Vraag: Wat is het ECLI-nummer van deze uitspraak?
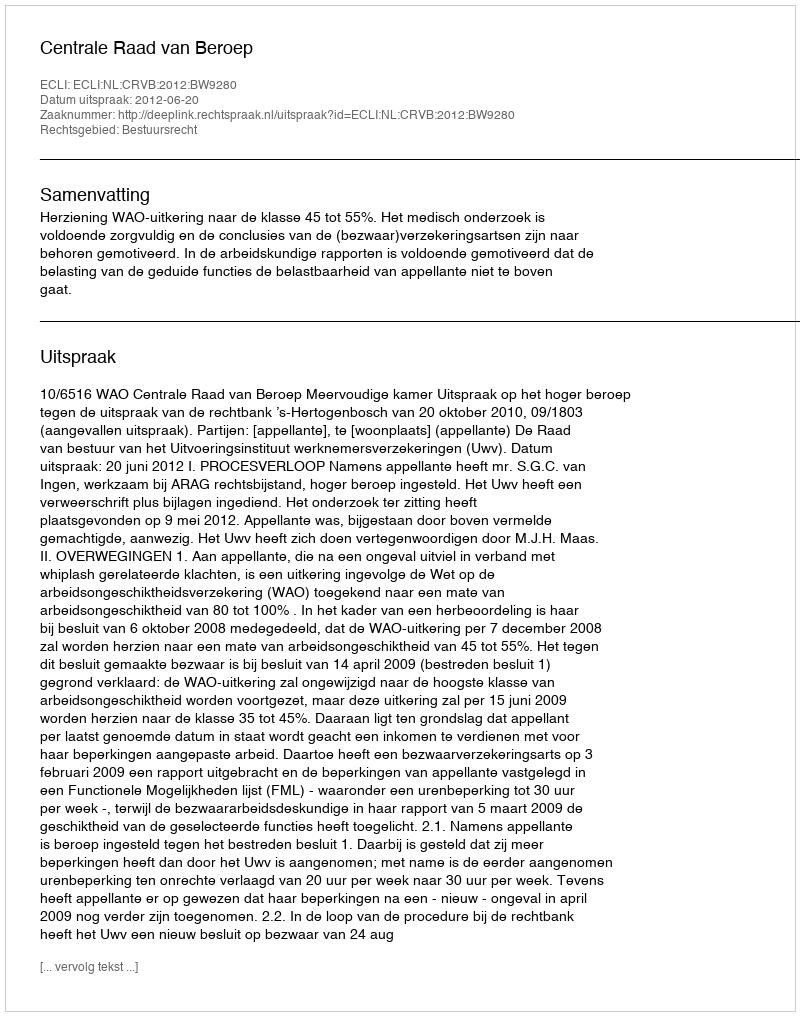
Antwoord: ECLI:NL:CRVB:2012:BW9280